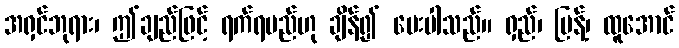
အရှင်ဘုရား၊ ဤချည်ဖြင့် ရက်ရမည်ဟု ချိန်၍ ပေးပါသည်။ ရှည်၊ ပြန့်၊ ထူအောင်